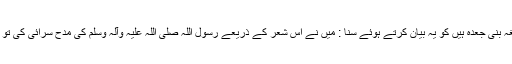
وہ بیان کرتے ہیں کہ میں نے نابغہ جو کہ نابغہ بنی جعدہ ہیں کو یہ بیان کرتے ہوئے سنا : میں نے اس شعر کے ذریعے رسول اللہ صلی اللہ علیہ وآلہ وسلم کی مدح سرائی کی تو آپ صلی اللہ علیہ وآلہ وسلم کو یہ بہت پسند آیا۔